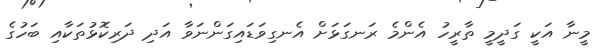
މީނާ އަކީ ގަދީމީ ތާރީހު އެންމެ ރަނގަޅަށް އެނގިވަޑައިގަންނަވާ އަދި ދަރިކޮޅުތަކާއި ބަހުގެ